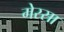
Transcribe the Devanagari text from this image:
मेरसा